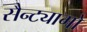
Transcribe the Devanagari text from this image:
सैन्ट्यागो